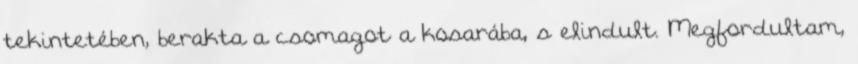
tekintetében, berakta a csomagot a kosarába, s elindult. Megfordultam,